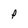
Character: P